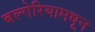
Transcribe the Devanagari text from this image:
बल्गेरियामधून